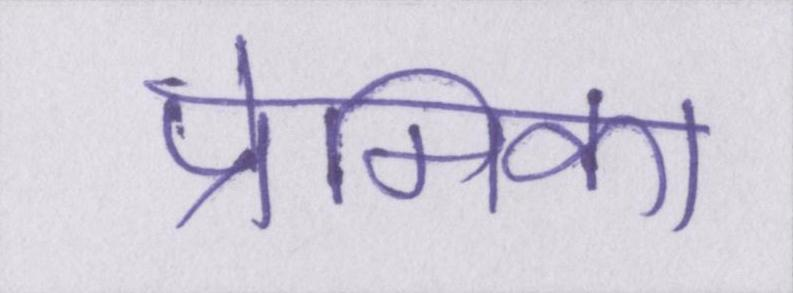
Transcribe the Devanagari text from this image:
प्रेमिका